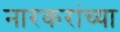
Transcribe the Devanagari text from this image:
नारकरांच्या